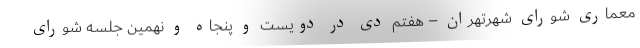
معماری شورای شهرتهران – هفتم دی در دویست و پنجاه و نهمین جلسه شورای